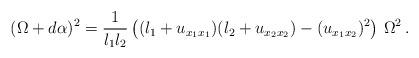
LaTeX: \begin{align*}(\Omega+d\alpha)^2=\frac{1}{l_1l_2}\left((l_{1}+u_{x_1x_1})(l_{2}+u_{x_2x_2})-(u_{x_1x_2})^2\right)\,\Omega^2\,.\end{align*}